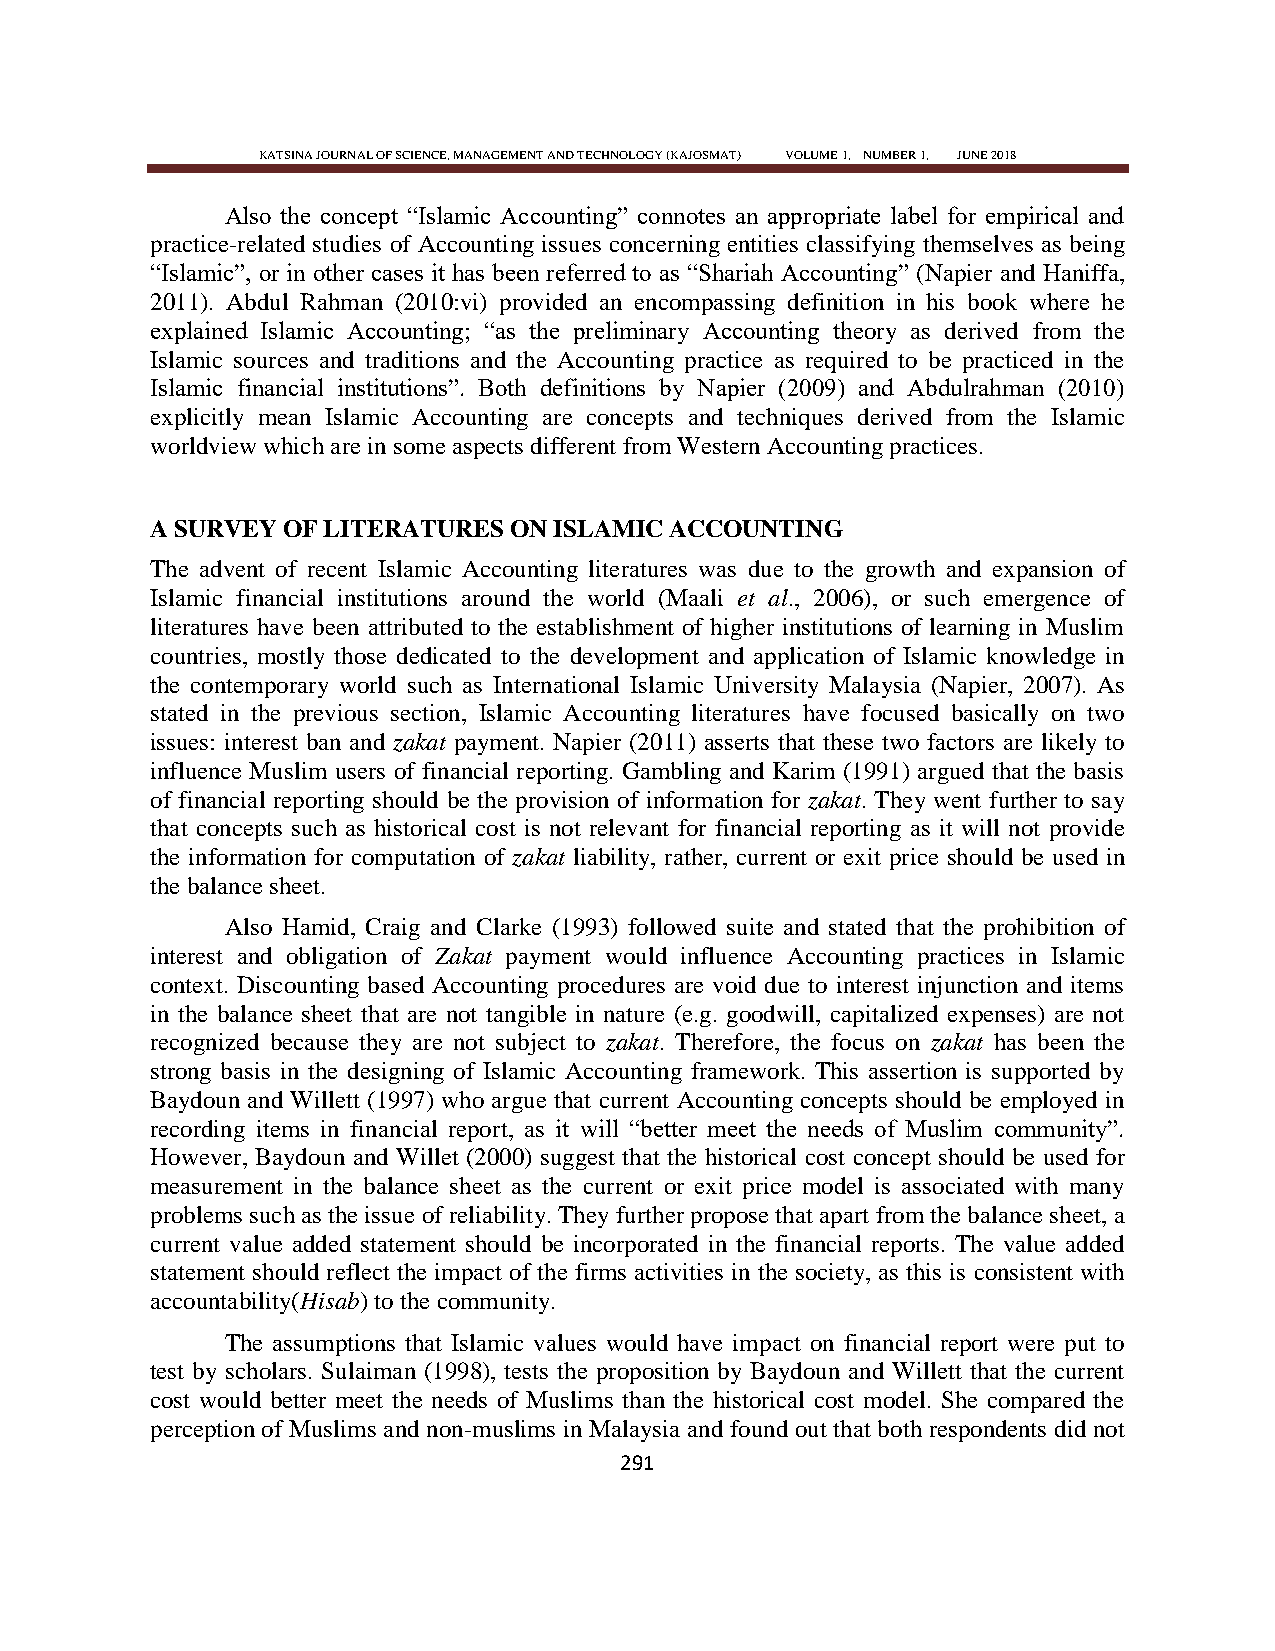
KATSINA JOURNAL OF SCIENCE, MANAGEMENT AND TECHNOLOGY (KAJOSMAT) VOLUME 1, NUMBER 1, JUNE 2018
 Also the concept ―Islamic Accounting‖ connotes an appropriate label for empirical and
 practice-related studies of Accounting issues concerning entities classifying themselves as being
 ―Islamic‖, or in other cases it has been referred to as ―Shariah Accounting‖ (Napier and Haniffa,
 2011). Abdul Rahman (2010:vi) provided an encompassing definition in his book where he
 explained Islamic Accounting; ―as the preliminary Accounting theory as derived from the
 Islamic sources and traditions and the Accounting practice as required to be practiced in the
 Islamic financial institutions‖. Both definitions by Napier (2009) and Abdulrahman (2010)
 explicitly mean Islamic Accounting are concepts and techniques derived from the Islamic
 worldview which are in some aspects different from Western Accounting practices.
 A SURVEY OF LITERATURES ON ISLAMIC ACCOUNTING
 The advent of recent Islamic Accounting literatures was due to the growth and expansion of
 Islamic financial institutions around the world (Maali et al., 2006), or such emergence of
 literatures have been attributed to the establishment of higher institutions of learning in Muslim
 countries, mostly those dedicated to the development and application of Islamic knowledge in
 the contemporary world such as International Islamic University Malaysia (Napier, 2007). As
 stated in the previous section, Islamic Accounting literatures have focused basically on two
 issues: interest ban and zakat payment. Napier (2011) asserts that these two factors are likely to
 influence Muslim users of financial reporting. Gambling and Karim (1991) argued that the basis
 of financial reporting should be the provision of information for zakat. They went further to say
 that concepts such as historical cost is not relevant for financial reporting as it will not provide
 the information for computation of zakat liability, rather, current or exit price should be used in
 the balance sheet.
 Also Hamid, Craig and Clarke (1993) followed suite and stated that the prohibition of
 interest and obligation of Zakat payment would influence Accounting practices in Islamic
 context. Discounting based Accounting procedures are void due to interest injunction and items
 in the balance sheet that are not tangible in nature (e.g. goodwill, capitalized expenses) are not
 recognized because they are not subject to zakat. Therefore, the focus on zakat has been the
 strong basis in the designing of Islamic Accounting framework. This assertion is supported by
 Baydoun and Willett (1997) who argue that current Accounting concepts should be employed in
 recording items in financial report, as it will ―better meet the needs of Muslim community‖.
 However, Baydoun and Willet (2000) suggest that the historical cost concept should be used for
 measurement in the balance sheet as the current or exit price model is associated with many
 problems such as the issue of reliability. They further propose that apart from the balance sheet, a
 current value added statement should be incorporated in the financial reports. The value added
 statement should reflect the impact of the firms activities in the society, as this is consistent with
 accountability(Hisab) to the community.
 The assumptions that Islamic values would have impact on financial report were put to
 test by scholars. Sulaiman (1998), tests the proposition by Baydoun and Willett that the current
 cost would better meet the needs of Muslims than the historical cost model. She compared the
 perception of Muslims and non-muslims in Malaysia and found out that both respondents did not
 291